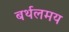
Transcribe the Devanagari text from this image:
बर्थलमय